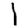
Digit: 1